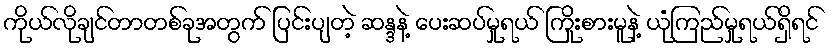
ကိုယ်လိုချင်တာတစ်ခုအတွက် ပြင်းပျတဲ့ ဆန္ဒနဲ့ ပေးဆပ်မှုရယ် ကြိုးစားမူနဲ့ ယုံကြည်မှုရယ်ရှိရင်